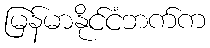
မြန်မာနိုင်ငံဘက်က